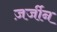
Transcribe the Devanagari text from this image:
ज़र्जीन